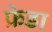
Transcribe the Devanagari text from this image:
फ्रेडा